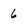
Character: 6